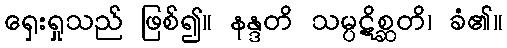
ရှေးရှုသည် ဖြစ်၍။ နန္ဒတိ သမ္ပဋိစ္ဆတိ၊ ခံ၏။